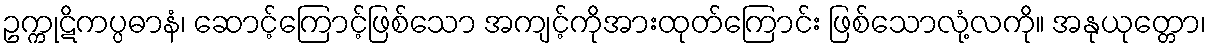
ဥက္ကုဋိကပ္ပဓာနံ၊ ဆောင့်ကြောင့်ဖြစ်သော အကျင့်ကိုအားထုတ်ကြောင်း ဖြစ်သောလုံ့လကို။ အနုယုတ္တော၊